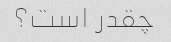
چقدر است؟